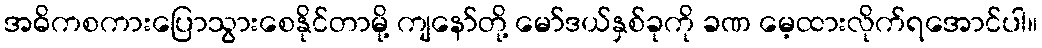
အဓိကစကားပြောသွားစေနိုင်တာမို့ ကျနော်တို့ မော်ဒယ်နှစ်ခုကို ခဏ မေ့ထားလိုက်ရအောင်ပါ။